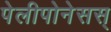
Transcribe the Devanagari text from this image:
पेलीपोनेसस्‌